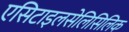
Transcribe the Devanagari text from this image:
एसिटाइलसेलिसिलिक